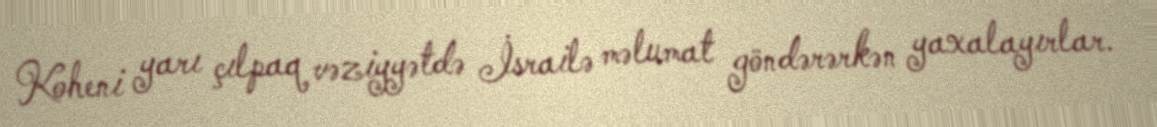
Koheni yarı çılpaq vəziyyətdə İsrailə məlumat göndərərkən yaxalayırlar.